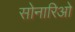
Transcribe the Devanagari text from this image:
सोनारिओ